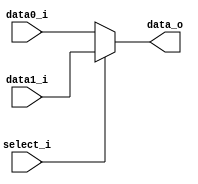
//Subject:     CO project 2 - ALU Controller
//--------------------------------------------
//Student: 0411276 Chen Yi An
//Student: 0413335 Kuo Yi Lin
//--------------------------------------------
     
module MUX_2to1(
               data0_i,
               data1_i,
               select_i,
               data_o
               );

parameter size = 0;			   
			
//I/O ports               
input   [size-1:0] data0_i;          
input   [size-1:0] data1_i;
input              select_i;
output  [size-1:0] data_o; 

//Internal Signals
reg     [size-1:0] data_o;

//Main function
always @(*)begin
    data_o <=  select_i==0? data0_i : data1_i ;
end
endmodule